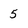
Character: 5